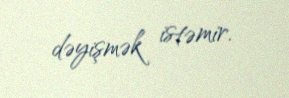
dəyişmək istəmir.